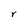
Character: r